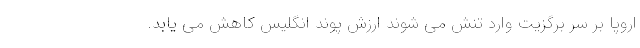
اروپا بر سر برگزیت وارد تنش می شوند ارزش پوند انگلیس کاهش می یابد.